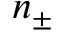
n _ { \pm }